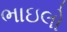
ભાઇલો